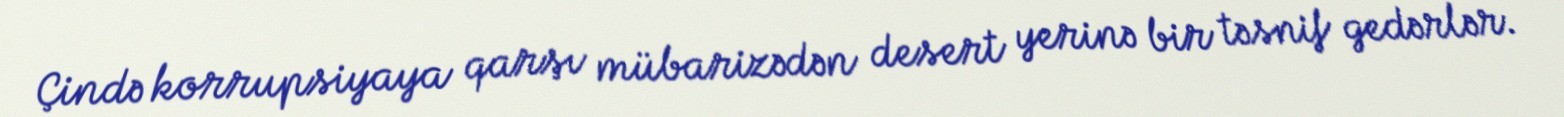
Çində korrupsiyaya qarşı mübarizədən desert yerinə bir təsnif gedərlər.